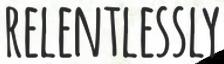
RELENTLESSLY